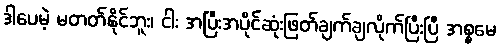
ဒါပေမဲ့ မတတ်နိုင်ဘူး၊ ငါး အပြီးအပိုင်ဆုံးဖြတ်ချက်ချလိုက်ပြီးပြီ အစ္စမေ